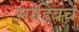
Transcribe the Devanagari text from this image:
साहिबचे